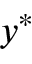
y ^ { * }